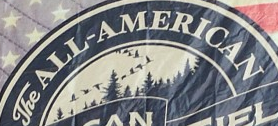
The ALL-AMERICAN